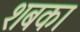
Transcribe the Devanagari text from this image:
शबका